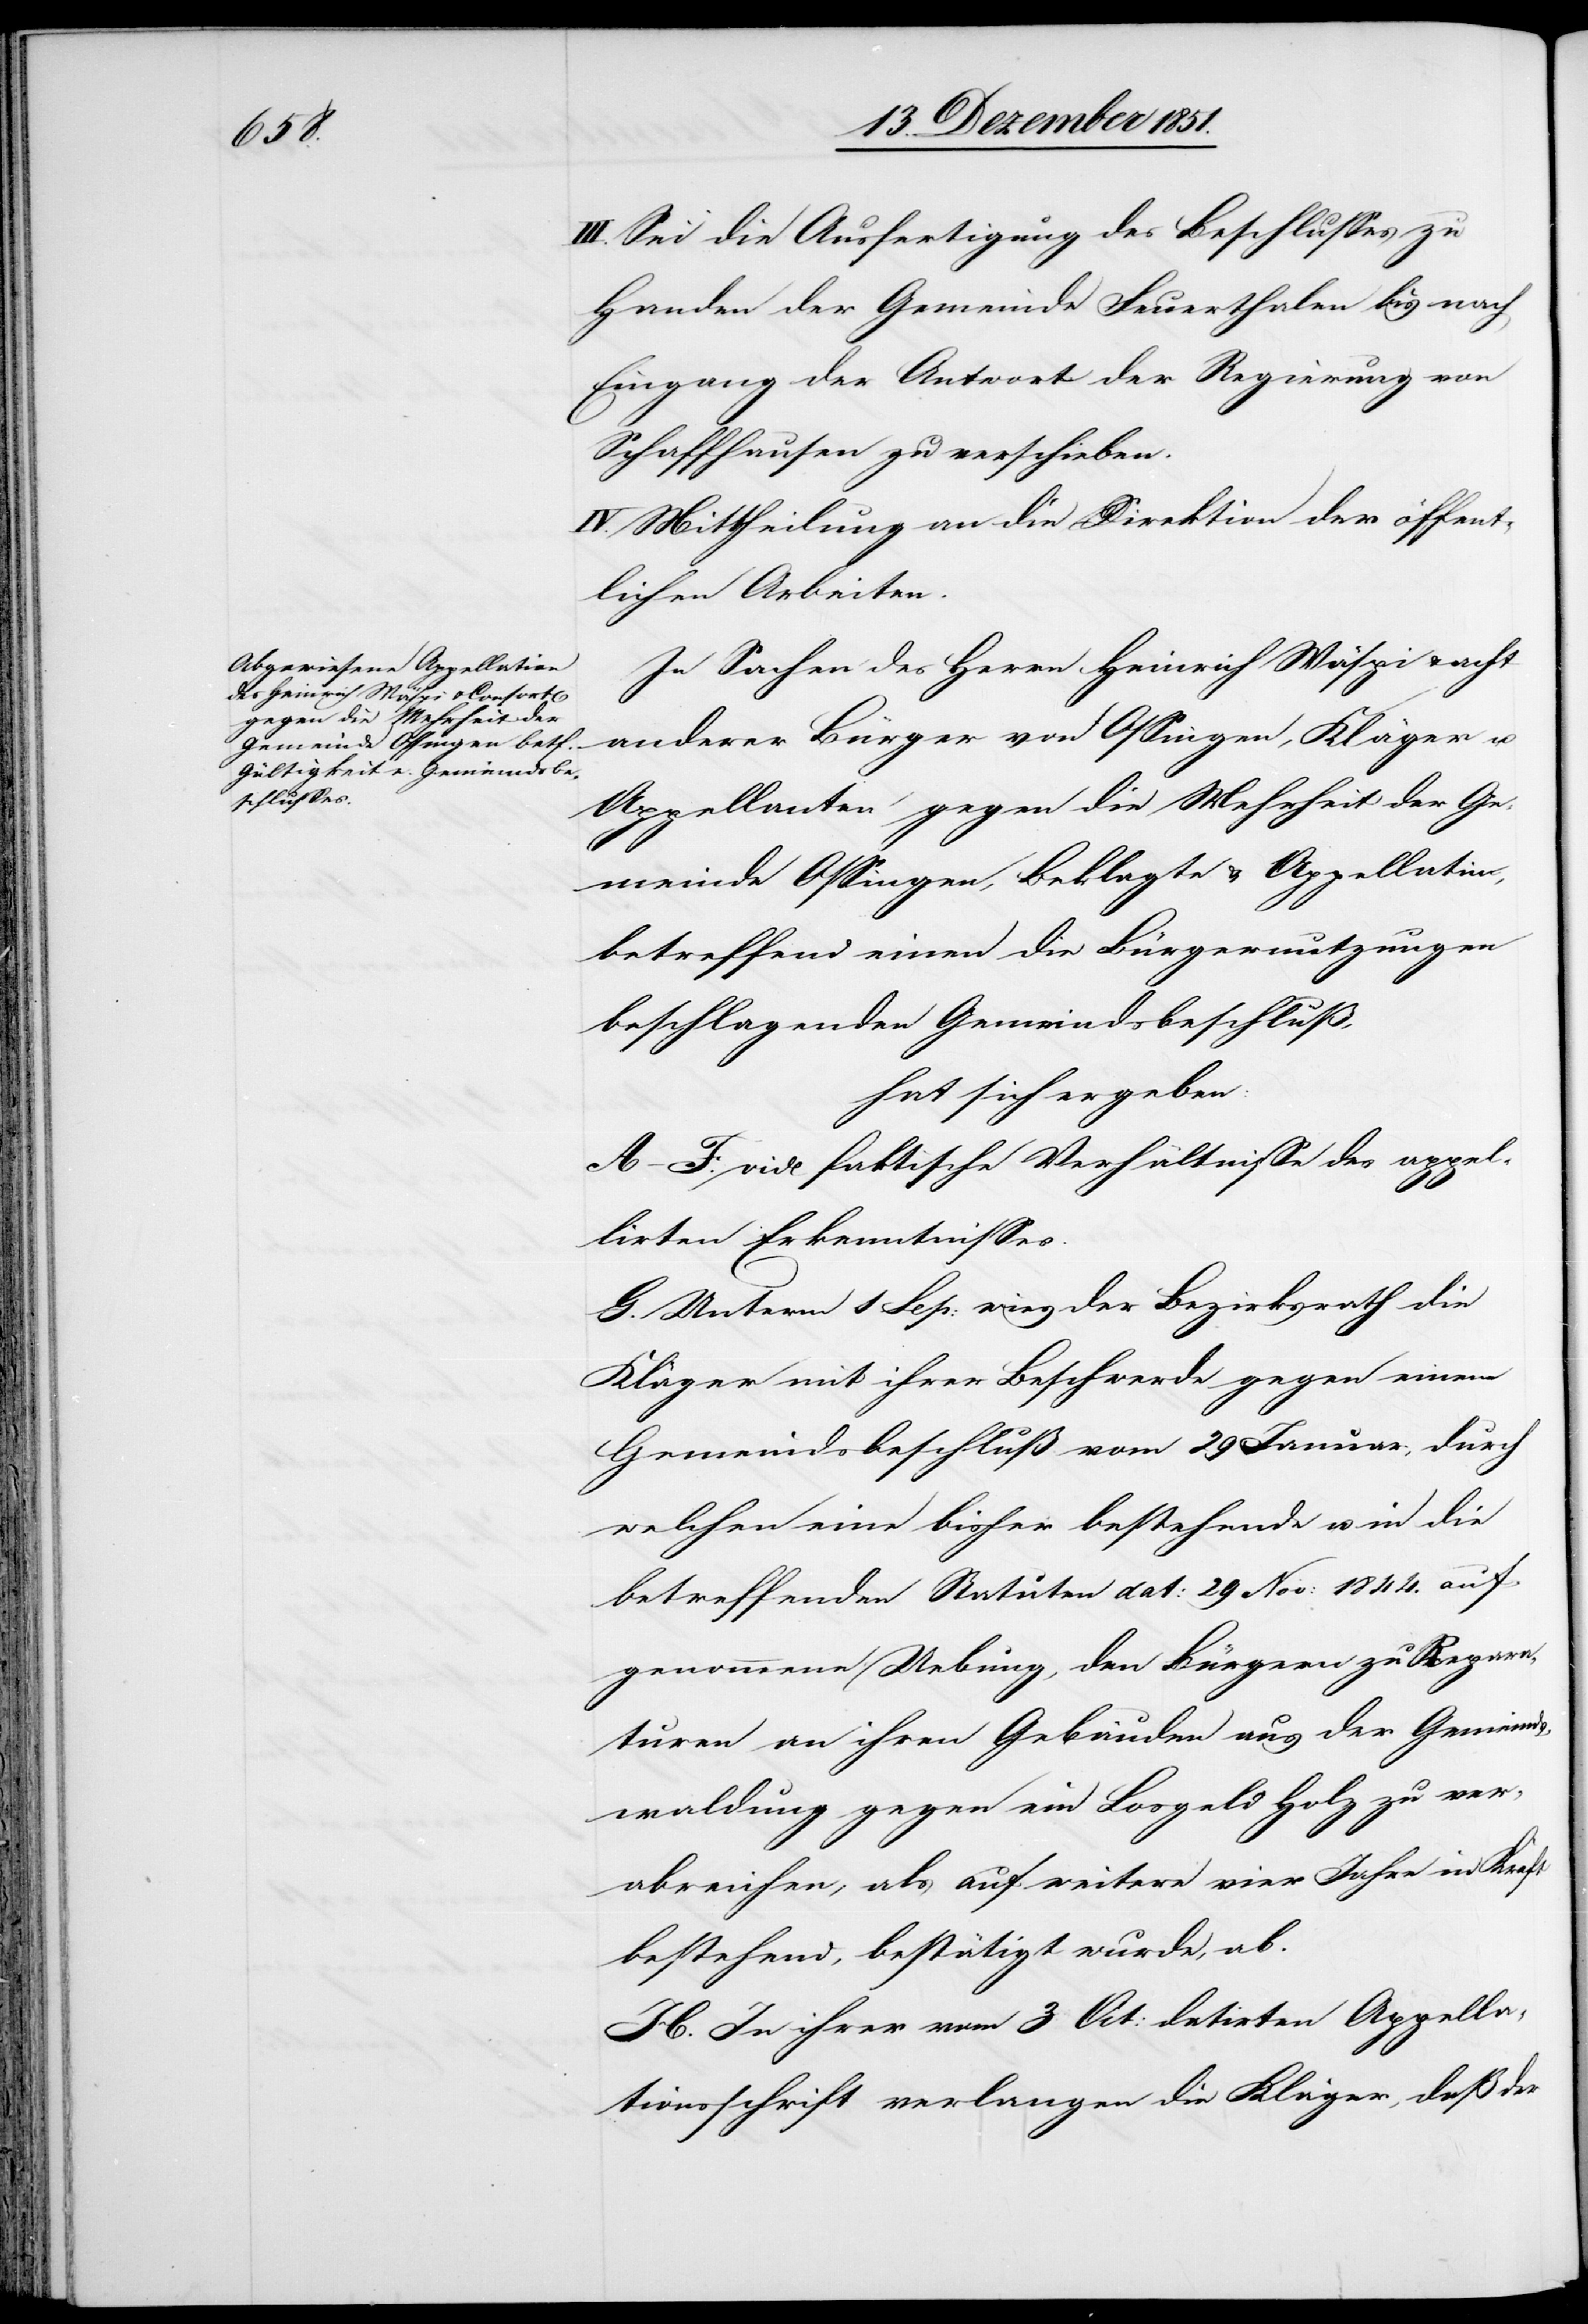
III. Sei die Ausfertigung des Beschlusses zu
Handen der Gemeinde Feuerthalen bis nach
Eingang der Antwort der Regierung von
Schaffhausen zu verschieben.
IV. Mittheilung an die Direktion der öffent¬
lichen Arbeiten.
In Sachen des Herrn Heinrich Wäspi & acht
anderer Bürger von Ossingen, Kläger u.
Appellanten gegen die Mehrheit der Ge¬
meinde Ossingen, Beklagte & Appellatin,
betreffend einen die Bürgernutzungen
beschlagenden Gemeindsbeschluß,
hat sich ergeben:
A–F. vide faktische Verhältnisse des appel¬
lirten Erkenntnisses.
G. Unterm 1 Sep: wies der Bezirksrath die
Kläger mit ihrer Beschwerde gegen einen
Gemeindsbeschluß vom 29 Januar, durch
welchen eine bisher bestehende u. in die
betreffenden Statuten dat: 29 Nov: 1844. auf¬
genommene Uebung, den Bürgern zu Repara¬
turen an ihren Gebäuden aus der Gemeind¬
swaldung gegen ein Losgeld Holz zu ver¬
abreichen, als auf weitere vier Jahre in Kraft
bestehend, bestätigt wurde, ab.
H. In ihrer vom 3 Oct: datirten Appella¬
tionsschrift verlangen die Kläger, daß der